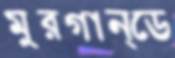
মুরগান্ডে